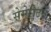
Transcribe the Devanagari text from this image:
सेमेरीटन